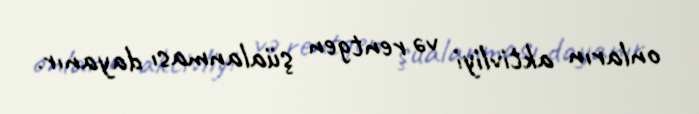
onların aktivliyi və rentgen şüalanması dayanır.